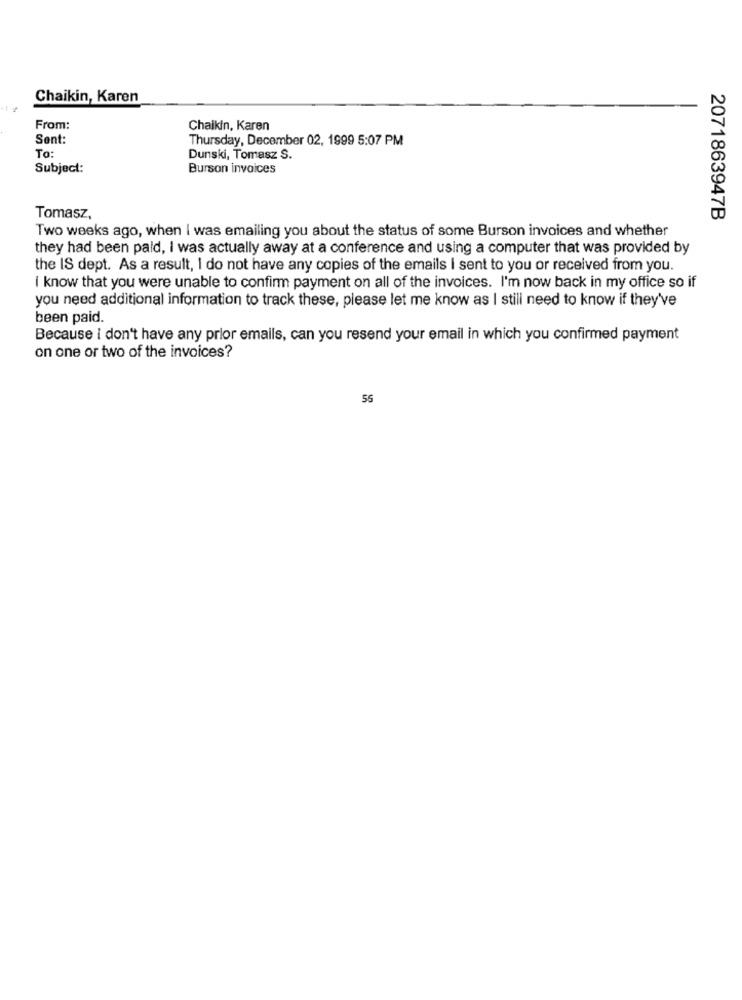
Chaikin, Karen
From:
Chaikin, Karen
Sent:
Thursday, December 02, 1999 5:07 PM
To:
Dunski, Tomasz S.
Subject:
Burson invoices
Tomasz,
2071863947B
Two weeks ago, when I was emailing you about the status of some Burson invoices and whether
they had been paid, I was actually away at a conference and using a computer that was provided by
the IS dept. As a result, I do not have any copies of the emails I sent to you or received from you.
i know that you were unable to confirm payment on all of the invoices. I'm now back in my office so if
you need additional information to track these, please let me know as I still need to know if they've
been paid.
Because i don't have any prior emails, can you resend your email in which you confirmed payment
on one or two of the invoices?
56